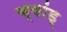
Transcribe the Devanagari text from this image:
च्वांड्